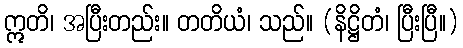
ဣတိ၊ အပြီးတည်း။ တတိယံ၊ သည်။ (နိဋ္ဌိတံ၊ ပြီးပြီ။)